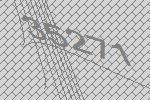
35271